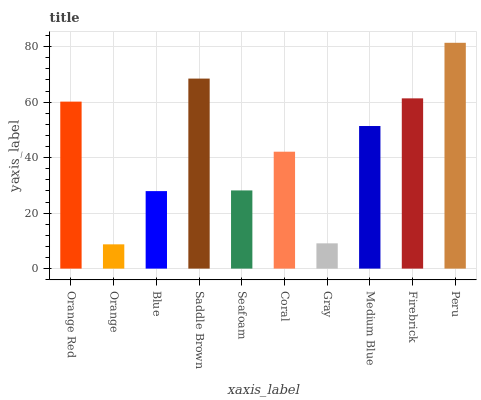
| xaxis_label | bars |
 | --- | --- |
 | Orange Red | 60.2 |
 | Orange | 8.75 |
 | Blue | 27.9 |
 | Saddle Brown | 68.5 |
 | Seafoam | 28.2 |
 | Coral | 42.1 |
 | Gray | 9.11 |
 | Medium Blue | 51.4 |
 | Firebrick | 61.4 |
 | Peru | 81.4 |